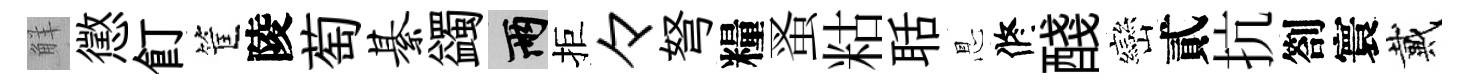
觧懲飣筐陵萄綦蠲兩拒々弩糧蚤䊀聒㤙修醆巒貳抗劄寰戴